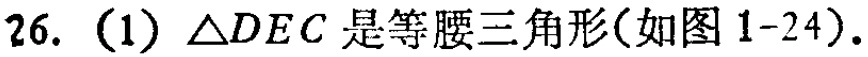
26. (1) $\triangle DEC$ 是等腰三角形(如图 1-24).